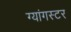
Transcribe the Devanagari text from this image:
ग्यांगस्टर